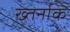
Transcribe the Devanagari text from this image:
ख्तर्नाक